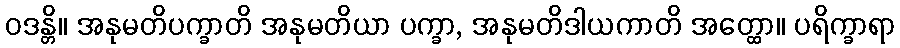
ဝဒန္တိ။ အနုမတိပက္ခာတိ အနုမတိယာ ပက္ခာ, အနုမတိဒါယကာတိ အတ္ထော။ ပရိက္ခာရာ